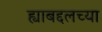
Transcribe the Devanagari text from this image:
ह्याबद्दलच्या